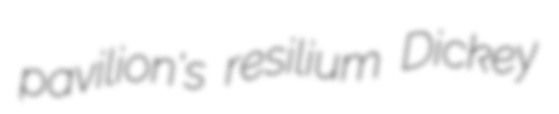
pavilion's resilium Dickey